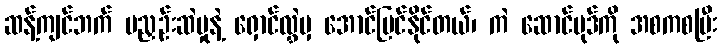
ဆန့်ကျင်ဘက် မညှဉ်းဆဲမှုနဲ့ ရှောင်လွှဲမှ အောင်မြင်နိုင်တယ်၊ ကဲ ဆောင်ပုဒ်ကို အစကစပြီး